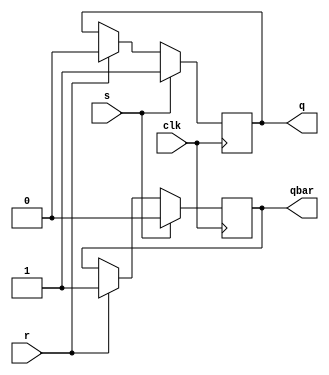
module srff(s,r,clk,q,qbar);
input s,r,clk;
output reg q,qbar;

always @(posedge clk)
begin
if(s == 1)
begin
q=1;
qbar=0;
end
else if(r ==1)
begin
q=0;
qbar=1;
end
else if (s==0 & r==0)
begin
q<= q;
qbar<= qbar;
end
end
endmodule